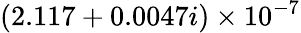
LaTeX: (2.117+0.0047i)\times 10^{-7}